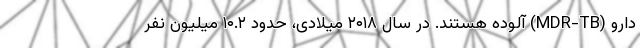
دارو (MDR-TB) آلوده هستند. در سال ۲۰۱۸ میلادی، حدود ۱۰.۲ میلیون نفر